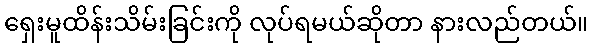
ရှေးမူထိန်းသိမ်းခြင်းကို လုပ်ရမယ်ဆိုတာ နားလည်တယ်။